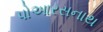
પોઆરસનાથ